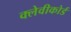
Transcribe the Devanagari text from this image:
क्लेवीकोर्ड